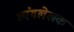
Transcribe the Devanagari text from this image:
व्यंगलेखक